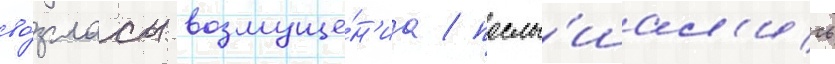
во́згласы возмуще́н'иа / послы́шал'ись